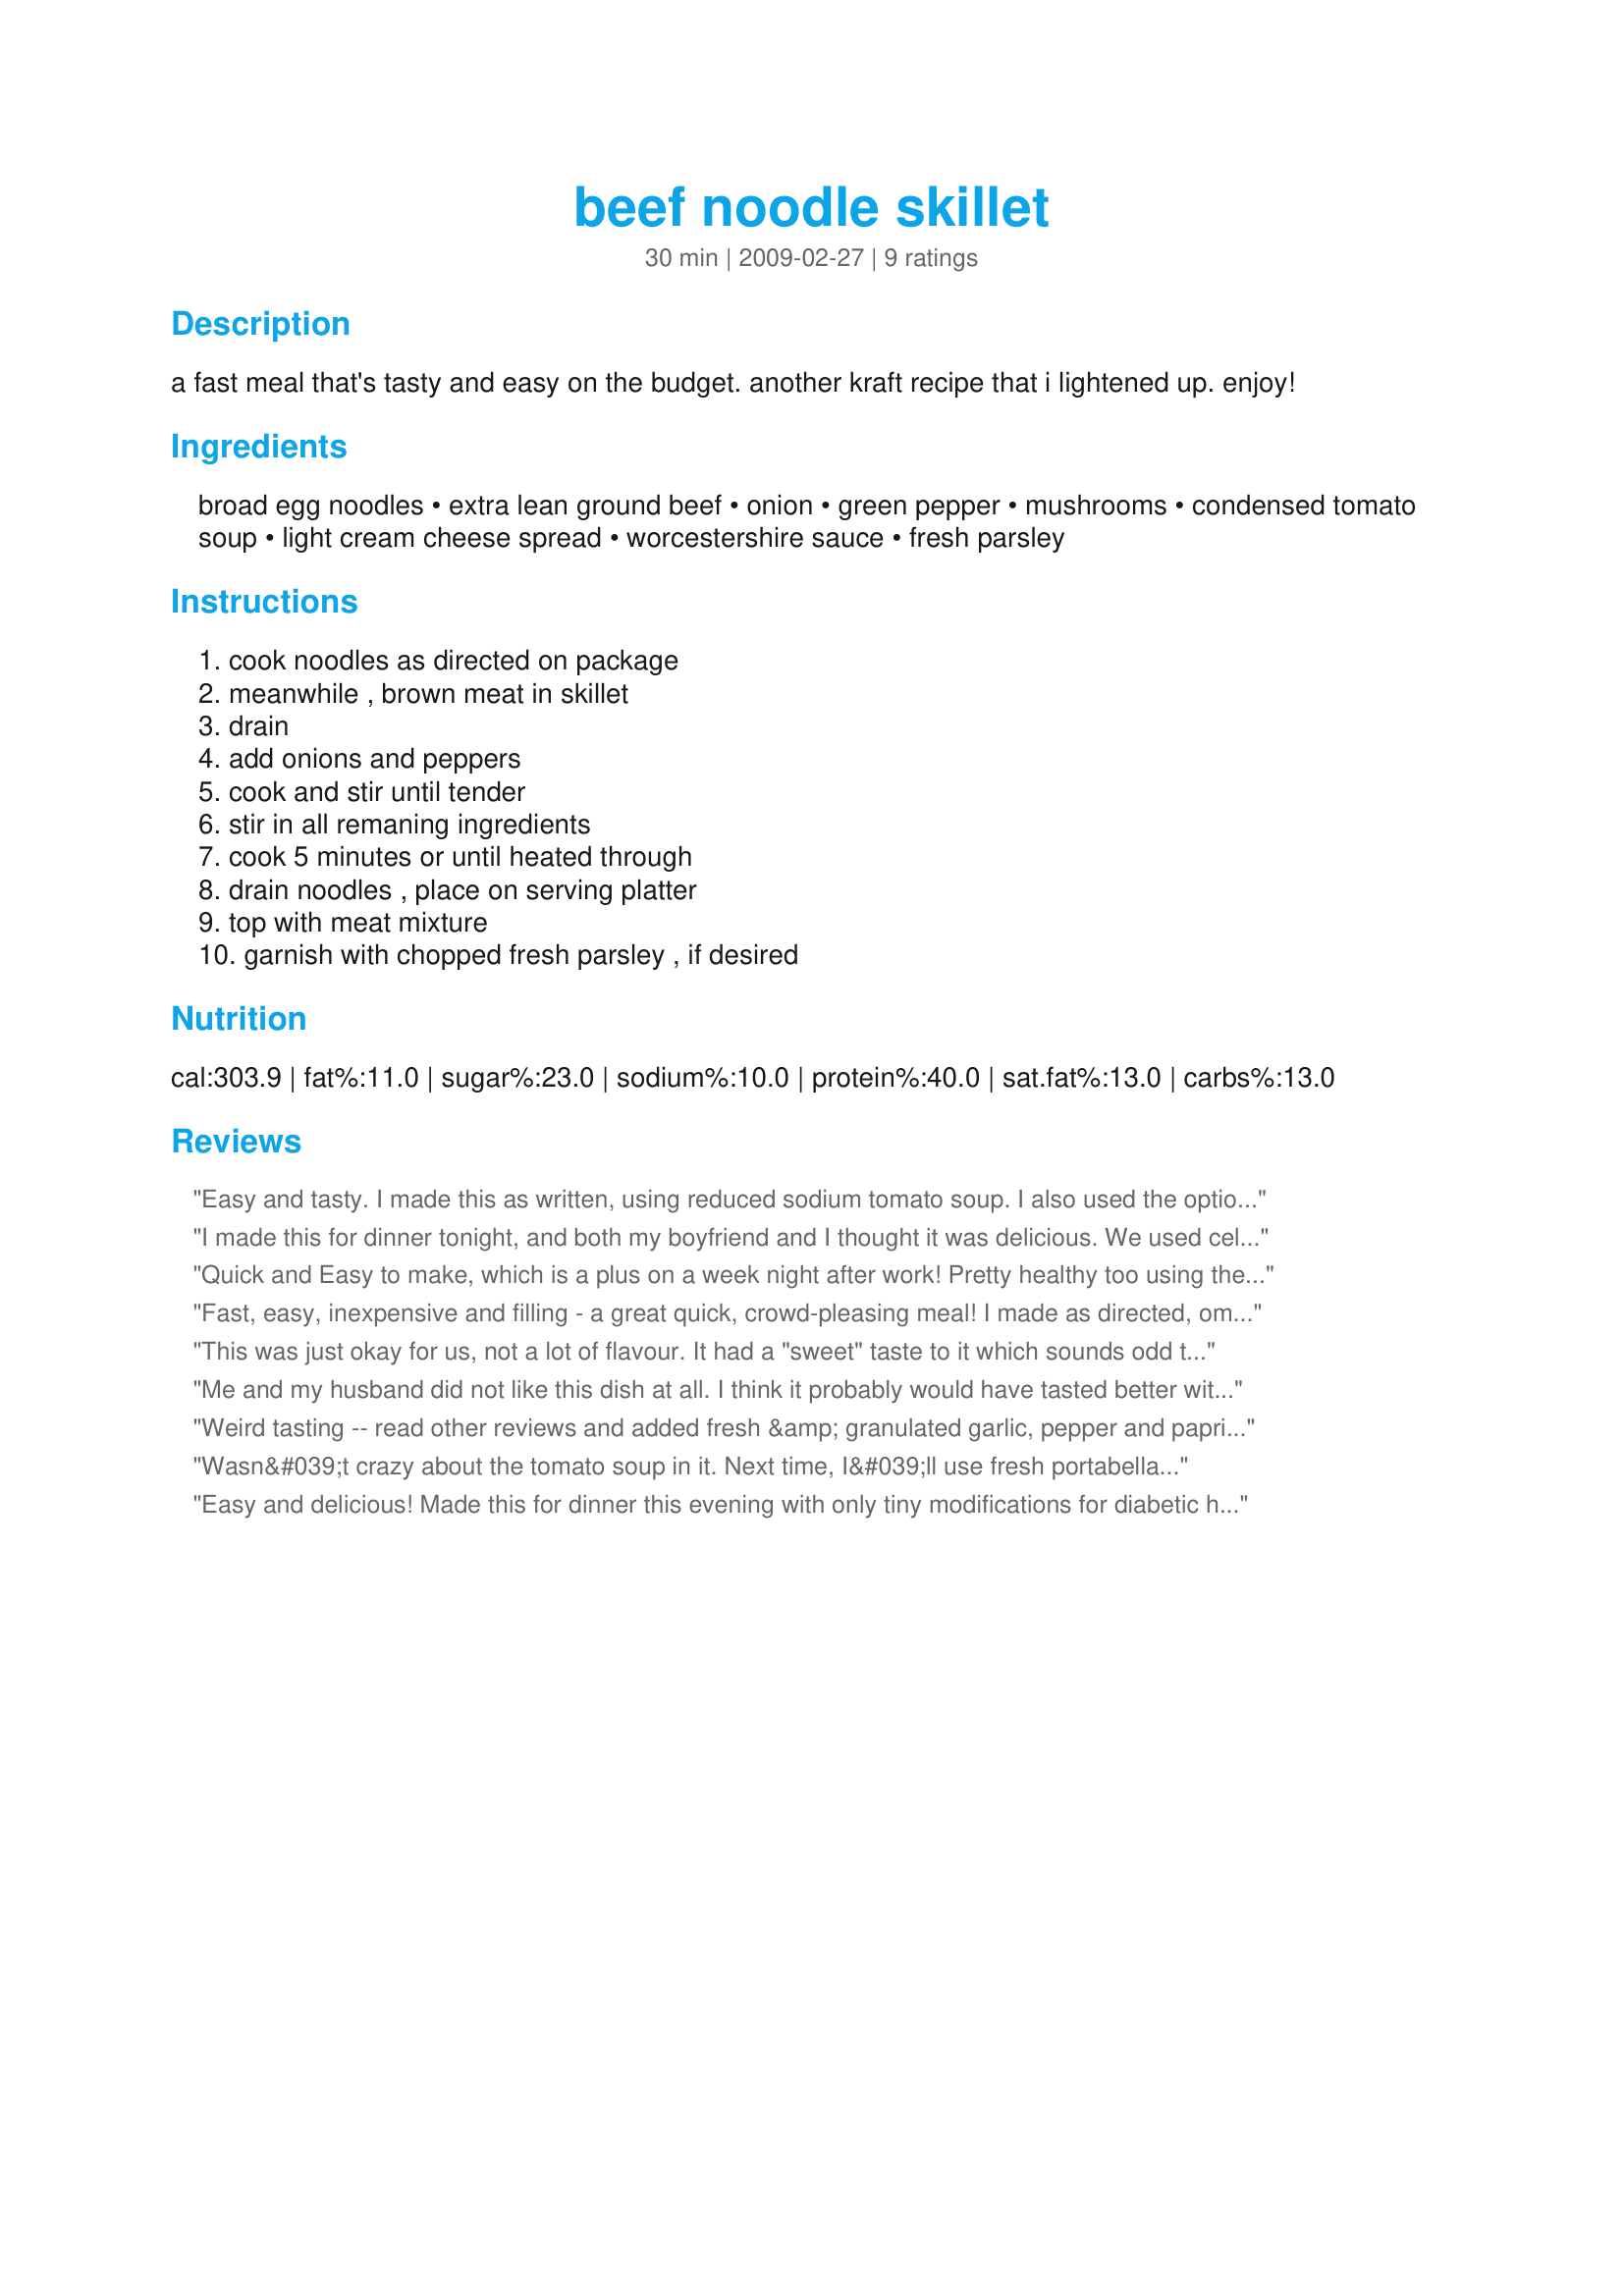
beef noodle skillet
Preparation time: 30 minutes

a fast meal that's tasty and easy on the budget. another kraft recipe that i lightened up. enjoy!

Ingredients:
broad egg noodles, extra lean ground beef, onion, green pepper, mushrooms, condensed tomato soup, light cream cheese spread, worcestershire sauce, fresh parsley

Steps:
cook noodles as directed on package, meanwhile , brown meat in skillet, drain, add onions and peppers, cook and stir until tender, stir in all remaning ingredients, cook 5 minutes or until heated through, drain noodles , place on serving platter, top with meat mixture, garnish with chopped fresh parsley , if desired

Reviews:
Easy and tasty. I made this as written, using reduced sodium tomato soup. I also used the optional fresh parsley for garnish. Delicious! Thanx for sharing your recipe.
I made this for dinner tonight, and both my boyfriend and I thought it was delicious. We used celery instead of mushrooms, which gave the beef mixture a nice taste. I also added a little tabasco for some heat, but I think next time I will add garlic. Still, this was delicious!
Quick and Easy to make, which is a plus on a week night after work! Pretty healthy too using the low fat cream cheese and if you choose whole wheat noodles. This tasted like a sloppy joe over noodles. I did use fresh sliced baby portabello mushrooms instead of canned. Made for Holiday tag!
Fast, easy, inexpensive and filling - a great quick, crowd-pleasing meal! I made as directed, omitting the green pepper as I didn't have any and couldn't make it through the snow to the store. Good stuff! Made for PRMR Tag Game!
This was just okay for us, not a lot of flavour. It had a "sweet" taste to it which sounds odd to say. I agree with Breezermom, it did remind me of sloppy joes too. The family voted and we averaged 3 *. It was certainly easy enough to prepare. If I was to make it again, I would add garlic and maybe substitute the tomato soup for spaghetti/tomato sauce as that is where I think the sweetness came from. Thanks for posting.
Me and my husband did not like this dish at all. I think it probably would have tasted better without the green pepper but it gave it a weird and not so great flavor. Might try again without the pepper and see if it is any better.
Weird tasting -- read other reviews and added fresh &amp; granulated garlic, pepper and paprika to get some flavor. The tomato soup gave it a sweeter than we like flavor. My husband found very thick as well. Won&#039;t be making this again.
Wasn&#039;t crazy about the tomato soup in it. Next time, I&#039;ll use fresh portabella&#039;s and mushroom soup and make it more like stroganoff instead.
Easy and delicious! Made this for dinner this evening with only tiny modifications for diabetic hubby. Whole wheat noodles, fat free cream cheese, heart healthy tomato soup. I don't think it altered the flavor, we thoroughly enjoyed. Thanks!
